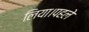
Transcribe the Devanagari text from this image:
लिया।पहले